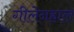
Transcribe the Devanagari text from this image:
गीलेनहाल